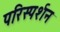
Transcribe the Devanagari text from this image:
परिस्‍पर्शन